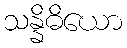
သန္နိဓိယော